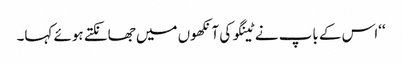
‘‘اس کے باپ نے ٹینگو کی آنکھوں میں جھانکتے ہوئے کہا۔